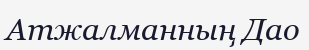
Атжалманның Дао